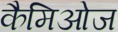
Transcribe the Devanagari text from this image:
कैमिओज